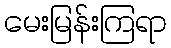
မေးမြန်းကြရာ